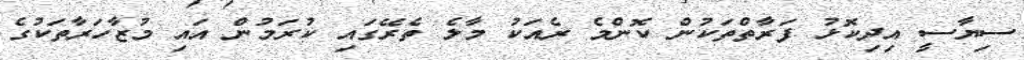
ސިޔާސީ އިދިކޮޅު ފަރާތްތަކުން ކޮންމެ ރެއަކު މާލެ ތެރޭގައި ކުރަމުން އައި މުޒާހަރާތަކުގެ